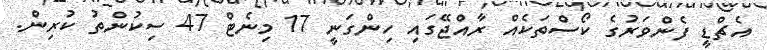
އެޗްޑީ ފެންވަރުގެ ކޯސްތަކެއް ރާއްޖޭގައި ހިންގަނީ 17 މިނެޓް 47 ސިކުންތު ކުރިން.